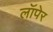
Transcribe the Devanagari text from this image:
लॉपेर